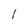
Character: l